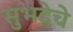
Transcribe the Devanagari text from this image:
सुभद्रेचे